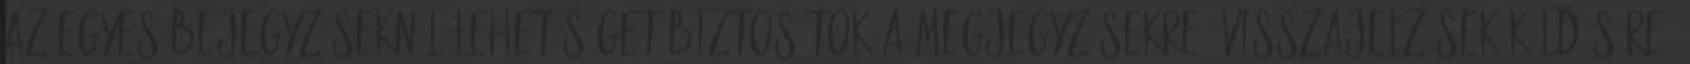
az egyes bejegyzéseknél lehetőséget biztosítok a megjegyzésekre, visszajelzések küldésére,